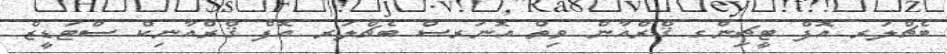
ބެޗްލަރ އޮފް ޓީޗިންގ ޤްރްއާން ވިތް އޮނަރސް ބެޗްލަރ އޮފް ޤްރްއާނިކް ސްޓަޑީޒް